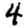
Digit: 4